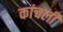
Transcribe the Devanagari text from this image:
कांचली